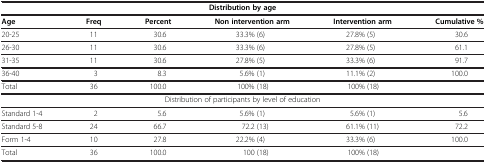
<table><thead><tr><td colspan="6"><b>Distribution by age</b></td></tr><tr><td><b>Age</b></td><td><b>Freq</b></td><td><b>Percent</b></td><td><b>Non intervention arm</b></td><td><b>Intervention arm</b></td><td><b>Cumulative %</b></td></tr></thead><tbody><tr><td>20-25</td><td>11</td><td>30.6</td><td>33.3% (6)</td><td>27.8% (5)</td><td>30.6</td></tr><tr><td>26-30</td><td>11</td><td>30.6</td><td>33.3% (6)</td><td>27.8% (5)</td><td>61.1</td></tr><tr><td>31-35</td><td>11</td><td>30.6</td><td>27.8% (5)</td><td>33.3% (6)</td><td>91.7</td></tr><tr><td>36-40</td><td>3</td><td>8.3</td><td>5.6% (1)</td><td>11.1% (2)</td><td>100.0</td></tr><tr><td>Total</td><td>36</td><td>100.0</td><td>100% (18)</td><td>100% (18)</td><td> </td></tr><tr><td colspan="6">Distribution of participants by level of education</td></tr><tr><td>Standard 1-4</td><td>2</td><td>5.6</td><td>5.6% (1)</td><td>5.6% (1)</td><td>5.6</td></tr><tr><td>Standard 5-8</td><td>24</td><td>66.7</td><td>72.2 (13)</td><td>61.1% (11)</td><td>72.2</td></tr><tr><td>Form 1-4</td><td>10</td><td>27.8</td><td>22.2% (4)</td><td>33.3% (6)</td><td>100.0</td></tr><tr><td>Total</td><td>36</td><td>100.0</td><td>100 (18)</td><td>100% (18)</td><td> </td></tr></tbody></table>